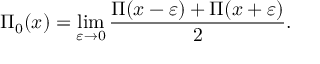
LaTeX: \Pi _ { 0 } ( x ) = \operatorname* { l i m } _ { \varepsilon \to 0 } { \frac { \Pi ( x - \varepsilon ) + \Pi ( x + \varepsilon ) } { 2 } } .